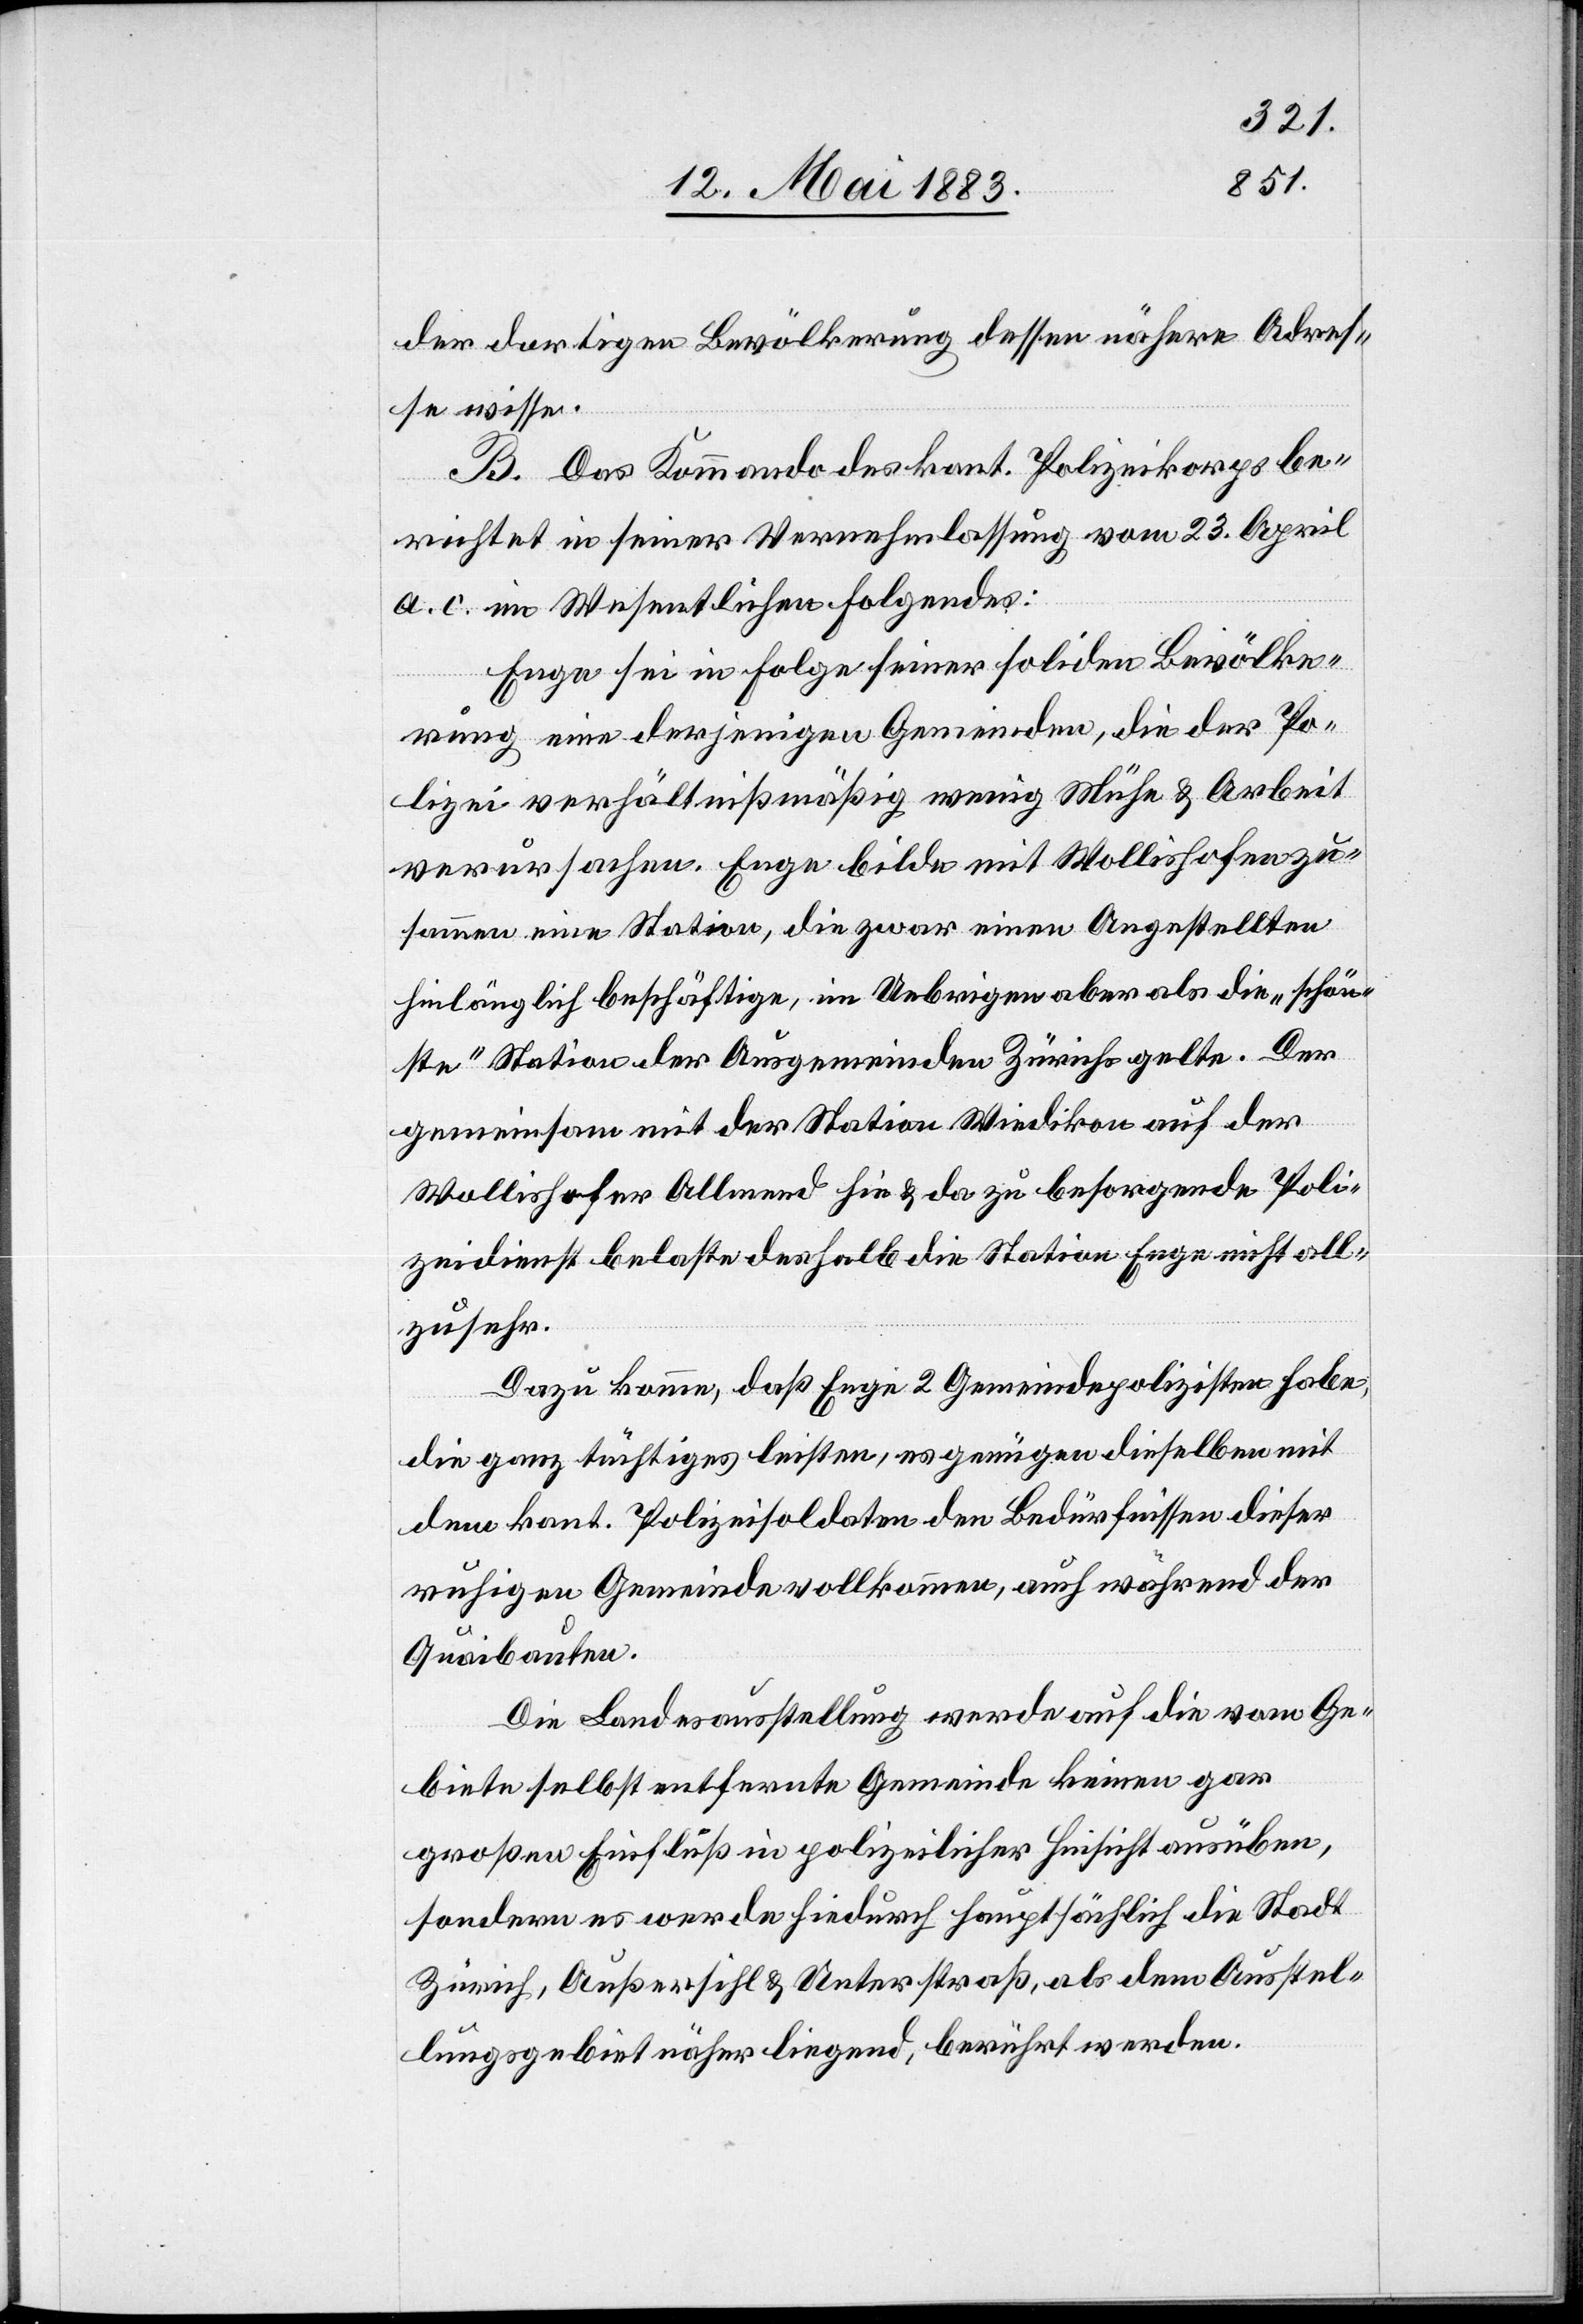
der dortigen Bevölkerung dessen nähere Adres¬
se wisse.
B. Das Kommando des kant. Polizeikorps be¬
richtet in seiner Vernehmlassung vom 23. April
a. c. im Wesentlichen folgendes:
Enge sei in Folge seiner soliden Bevölke¬
rung eine derjenigen Gemeinden, die der Po¬
lizei verhältnißmäßig wenig Mühe & Arbeit
verursachen. Enge bilde mit Wollishofen zu¬
sammen eine Station, die zwar einen Angestellten
hinlänglich beschäftige, im Uebrigen aber als die „schön¬
ste“ Station der Ausgemeinden Zürichs gelte. Der
gemeinsam mit der Station Wiedikon auf der
Wollishofer Allmend hin & da zu besorgende Poli¬
zeidienst belaste deshalb die Station Enge nicht all¬
zu sehr.
Dazu komme, daß Enge 2 Gemeindepolizisten habe,
die ganz tüchtiges leisten, es genügen dieselben mit
dem kant. Polizeisoldaten den Bedürfnissen dieser
ruhigen Gemeinde vollkommen, auch während der
Quaibauten.
Die Landesausstellung werde auf die vom Ge¬
biete selbst entfernte Gemeinde keinen gar
großen Einfluß in polizeilicher Hinsicht ausüben,
sondern es werde hiedurch hauptsächlich die Stadt
Zürich, Außersihl & Unterstraß, als dem Ausstel¬
lungsgebiet näher liegend, berührt werden.